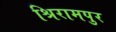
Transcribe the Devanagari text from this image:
श्रिरामपुर